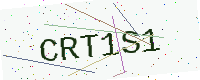
Text: CRT1S1